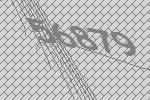
56879